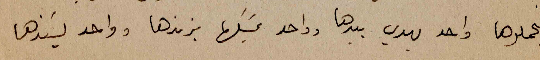
فيحملوها واحد يهدي بيدها وواحد يمسكها بزندها وواحد يَسندها